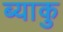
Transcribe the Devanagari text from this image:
ब्याकु